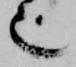
也